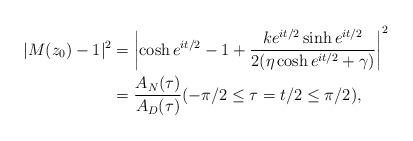
LaTeX: \begin{align*} |M(z_{0})-1|^{2} &= \left|\cosh e^{it/2}-1+\frac{k e^{i t/2 } \sinh e^{it/2}}{2 ( \eta \cosh e^{it/2}+\gamma)} \right|^{2}\\&=\frac{A_{N}(\tau)}{A_{D}(\tau)} (-\pi/2 \leq \tau=t/2\leq \pi/2), \end{align*}